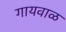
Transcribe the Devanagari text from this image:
गायवाळ